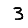
Digit: 3